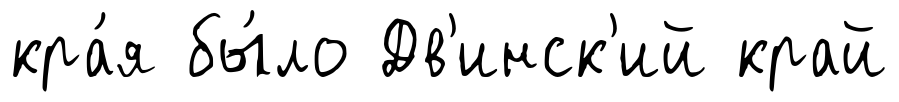
кра́я бы́ло Дв'инск'ий край